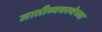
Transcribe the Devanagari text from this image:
जातीव्यवस्थेच्या